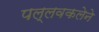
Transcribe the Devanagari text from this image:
पल्लवकलेने